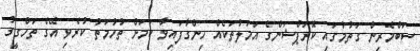
ސަބްމެރިން ގަތުމުގައި ކޮރަޕްޝަންގެ އަމަލުތަކެއް ހިންގާފައިވާ ކަމަށް ތުހުމަތު ކުރެވި އޭގެ ތަހްގީގު